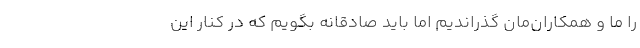
را ما و همکاران‌مان گذراندیم اما باید صادقانه بگویم که در کنار این